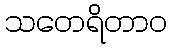
သတေရိတာဝ